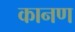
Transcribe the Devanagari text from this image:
कानण